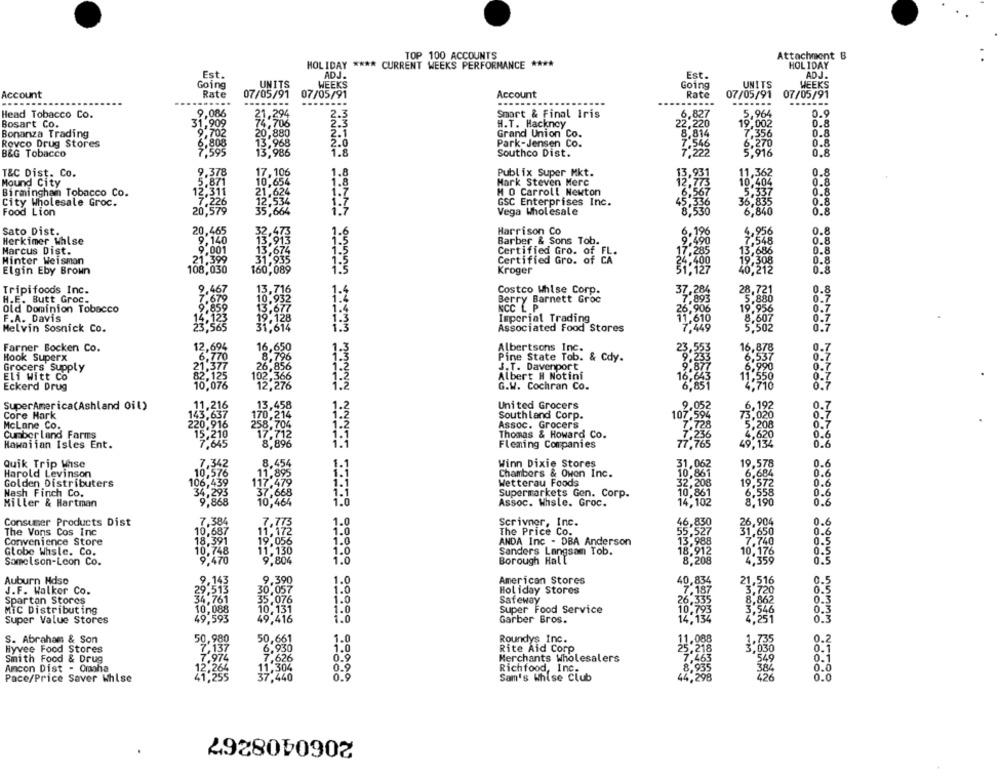
TOP 100 ACCOUNTS
Attachment B
HOLIDAY **** CURRENT WEEKS PERFORMANCE ****
HOLIDAY
Est.
ADJ .
Est.
ADJ.
Going
UNITS
WEEKS
Going
UNITS
WEEKS
Account
Rate
07/05/91
07/05/91
Account
Rate
07/05/91
07/05/91
.......
Head Tobacco Co.
9.086
21,294
2.3
Smart & Final Iris
6,827
0.9
Bosart Co.
31,909
74,706
2.3
H.T. Hackney
22,220
19,002
0.8
Bonanza Trading
9,702
20,880
2.1
Grand Union Co.
8,814
7.356
0.8
Revco Drug Stores
6,808
13.968
2.0
Park-Jensen Co.
7,546
6,270
0.8
B&G Tobacco
7.595
13,986
1.8
Southco Dist.
7.222
5,916
0.8
9.378
17,106
1.8
Publix Super Mkt.
0.8
T&C Dist. Co.
3,931
11,362
Mound City
5.871
10,654
1.8
Mark Steven Merc
10,404
0.8
Birmingham Tobacco Co.
12,311
21.624
1.7
M O Carroll Newton
5.337
0.8
City Wholesale Groc.
7.226
12,534
1.7
GSC Enterprises Inc.
36,835
0.8
20,579
35,664
6,840
0.8
Food Lion
1.7
Vega Wholesale
Sato Dist.
20,465
32.473
1.6
Harrison Co
1.956
0.8
Herkimer Whlse
9,140
13.913
Barber & Sons Tob.
548
0.8
Marcus Dist.
9.001
13,674
1.5
1.5
3.686
31.935
Certified Gro. of FL.
Hinter Weisman
21.399
1.5
Certified Gro. of CA
19.308
Elgin Eby Brown
108,030
160,089
1.5
Kroger
40,212
13,716
28,721
0.8
Tripifoods Inc.
9,467
1-4
Costco Whise Corp.
37,28
5.880
H.E. Butt Groc.
7.679
10.932
Berry Barnett Groc
0.7
Old Dominion Tobacco
13.677
1.4
NCC L P
19.956
0.7
F.A. Davis
14.123
19.128
1:3
Imperial Trading
11,610
8,607
0.7
Melvin Sosnick Co.
23.565
31,614
1.3
Associated Food Stores
7,449
5,502
0.7
Farner Bocken Co.
2,695
16,650
1.3
Albertsons Inc.
23,55
16,878
0.7
Hook Superx
8.796
Pine State Tob. & Cdy.
6,537
0.7
Grocers Supply
21,377
26,856
J.T. Davenport
6.990
0.7
Eli Witt Co
82,125
102,366
1:2
Albert H Notini
16,643
11,550
0.7
Eckerd Drug
10,076
12,276
1.2
G.W. Cochran Co.
6,851
4,710
0.7
11,216
13,458
.192
SuperAmerica(Ashland Oil)
1.2
United Grocers
9,052
0.
Core Hark
143,637
170,214
Southland Corp.
107.594
0.7
McLane Co.
220,916
258,704
1.2
Assoc. Grocers
7.728
5,208
0.7
Cumber land Farms
15,210
17,712
1.1
Thomas & Howard Co.
4.620
0.6
7.645
8,896
77,765
7,236
49,134
0.6
Hawaiian Isles Ent.
Fleming Companies
Quik Trip Whse
7.342
8.454
1.1
Winn Dixie Stores
31,062
19.
Harold Levinson
10,576
11,895
1.1
Chambers & Owen Inc.
10,861
Golden Distributers
106,439
117,479
1.1
Wetterau Foods
32,208
19.572
34,293
6,558
Nash Finch Co.
37.668
1.1
Supermarkets Gen. Corp.
10,861
Miller & Hartman
9.868
10,464
1.0
Assoc. Whsle. Groc.
14,102
8.190
Consumer Products Dist
7.384
7.773
1.0
Scrivner, Inc.
26.904
11,172
1.0
46,830
55.527
The Vons Cos Inc
10,687
The Price Co.
1.650
Convenience Store
18.391
19.056
1.0
ANDA Inc - DBA Anderson
7.740
Globe Whsle. Co.
10,748
11.130
1.0
Sanders Langsam Tob.
18.912
10,176
Samelson-Leon Co.
9,470
9,804
1.0
Borough Hall
8,208
4,359
Auburn Hdso
9,143
9.390
1.0
American Stores
40,834
21,516
J.F. Walker Co.
29.513
30,057
1.0
Holiday Stores
7.187
3,720
Spartan Stores
34.761
35.076
1.0
Safeway
26,335
8.862
10,131
1.0
10.793
3,546
MIC Distributing
10,088
Super Food Service
Super Value Stores
49,593
49,416
1.0
Garber Bros.
14,134
4,251
S. Abraham & Son
50,980
Roundys Inc.
50,661
1.0
Hyvee Food Stores
6,930
1.0
Rite Aid Corp
Smith Food & Drug
7.974
7.626
0.9
Merchants Wholesalers
Ancon Dist - Omaha
12,264
11,304
0.9
Richfood, Inc.
Pace/Price Saver Whlse
41.255
37,440
0.9
Sam's Whise Club
2060408267
.